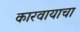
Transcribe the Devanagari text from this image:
कारवायाचा